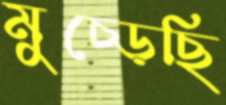
মুচ্‌ড়েছি